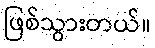
ဖြစ်သွားတယ်။